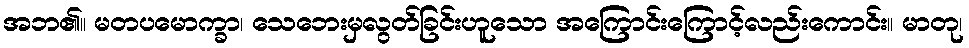
အဘ၏။ မတပမောက္ခာ၊ သေဘေးမှလွတ်ခြင်းဟူသော အကြောင်းကြောင့်လည်းကောင်း။ မာတု၊